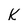
Character: K